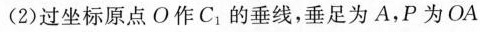
(2)过坐标原点O作C_{1}的垂线，垂足为A，P为OA